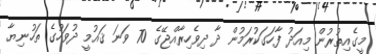
މީގެއިތުރުން މިއަދު ފާހަގަކުރަމުން ދާ ދިވެހިރާއްޖޭގެ 70 ވަނަ ޤައުމީ ދުވަހުގެ ތަހުނިޔާ